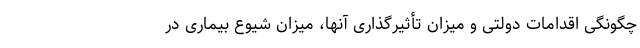
چگونگی اقدامات دولتی و میزان تأثیرگذاری آنها، میزان شیوع بیماری در